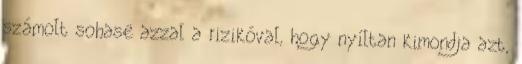
számolt sohase azzal a rizikóval, hogy nyíltan kimondja azt,